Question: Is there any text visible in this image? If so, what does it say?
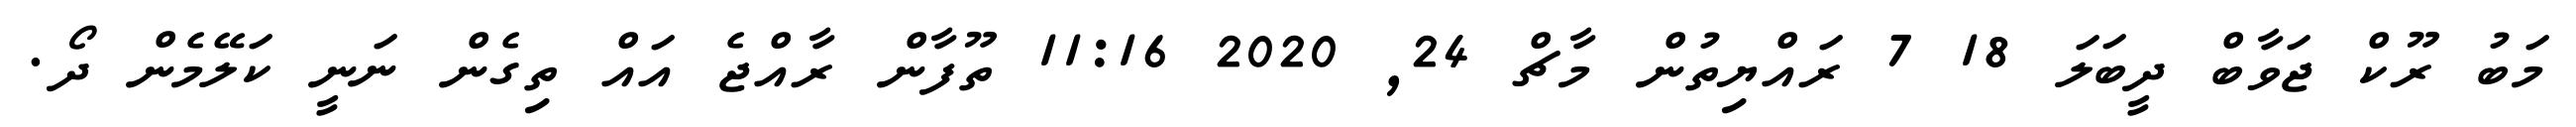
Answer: މަބު ރޫކް ޖަވާބް ދީބަލަ 18 7 ރައްޔިތުން މާޗް 24, 2020 11:16 ތޫފާން ރާއްޖެ އައް ތިގެން ނަނީ ކަލޭމެން ދޯ.